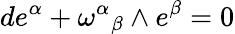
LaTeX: de^{\alpha}+{\omega^{\alpha}}_{\beta}\wedge e^{\beta}=0